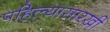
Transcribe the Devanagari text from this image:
पहिल्यासारखी